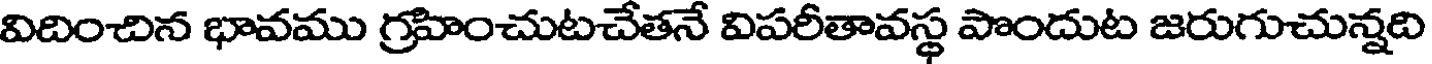
విదించిన భావము గ్రహించుటచేతనే విపరీతావస్థ పొందుట జరుగుచున్నది